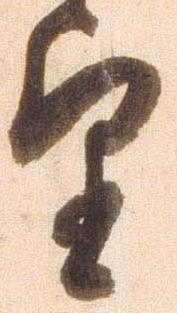
望